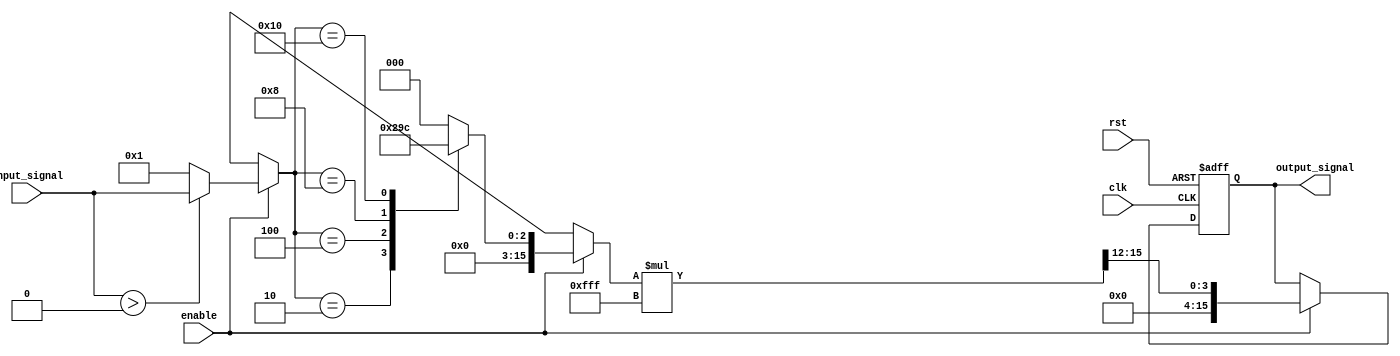
module LogarithmicFilter (
    input wire clk,               // Clock signal
    input wire rst,               // Reset signal
    input wire enable,            // Enable signal
    input wire [15:0] input_signal, // 16-bit input signal
    output reg [15:0] output_signal // 16-bit output signal
);

    // Parameters
    parameter LOG_BASE = 10;       // Base of the logarithm
    parameter OUTPUT_SCALE = 16'h0FFF; // Output scaling factor

    // Internal registers
    reg [15:0] normalized_input;    // Normalized input
    reg [15:0] log_result;           // Logarithmic result

    // Logarithmic function implementation using a simple lookup table
    function [15:0] log_lookup;
        input [15:0] x;
        begin
            // Simple logarithm approximation using a lookup table
            // Populate this with appropriate values for your use case
            case (x)
                16'h0001: log_lookup = 16'h0000; // log(1) = 0
                16'h0002: log_lookup = 16'h0001; // log(2)  0.301
                16'h0004: log_lookup = 16'h0002; // log(4)  0.602
                16'h0008: log_lookup = 16'h0003; // log(8)  0.903
                16'h0010: log_lookup = 16'h0004; // log(16) = 1
                // Add more entries as needed for your application
                default: log_lookup = 16'h0000; // Default case
            endcase
        end
    endfunction

    // Normalization and logarithmic transformation process
    always @(posedge clk or posedge rst) begin
        if (rst) begin
            output_signal <= 16'h0000; // Reset output
        end else if (enable) begin
            // Normalize input (example: scale input to range 1-16)
            if (input_signal > 16'h0000) begin
                normalized_input = input_signal; // Example normalization
            end else begin
                normalized_input = 16'h0001; // Avoid log(0)
            end

            // Apply logarithmic transformation
            log_result = log_lookup(normalized_input);

            // Scale output
            output_signal = (log_result * OUTPUT_SCALE) >> 12; // Adjust scaling
        end
    end

endmodule